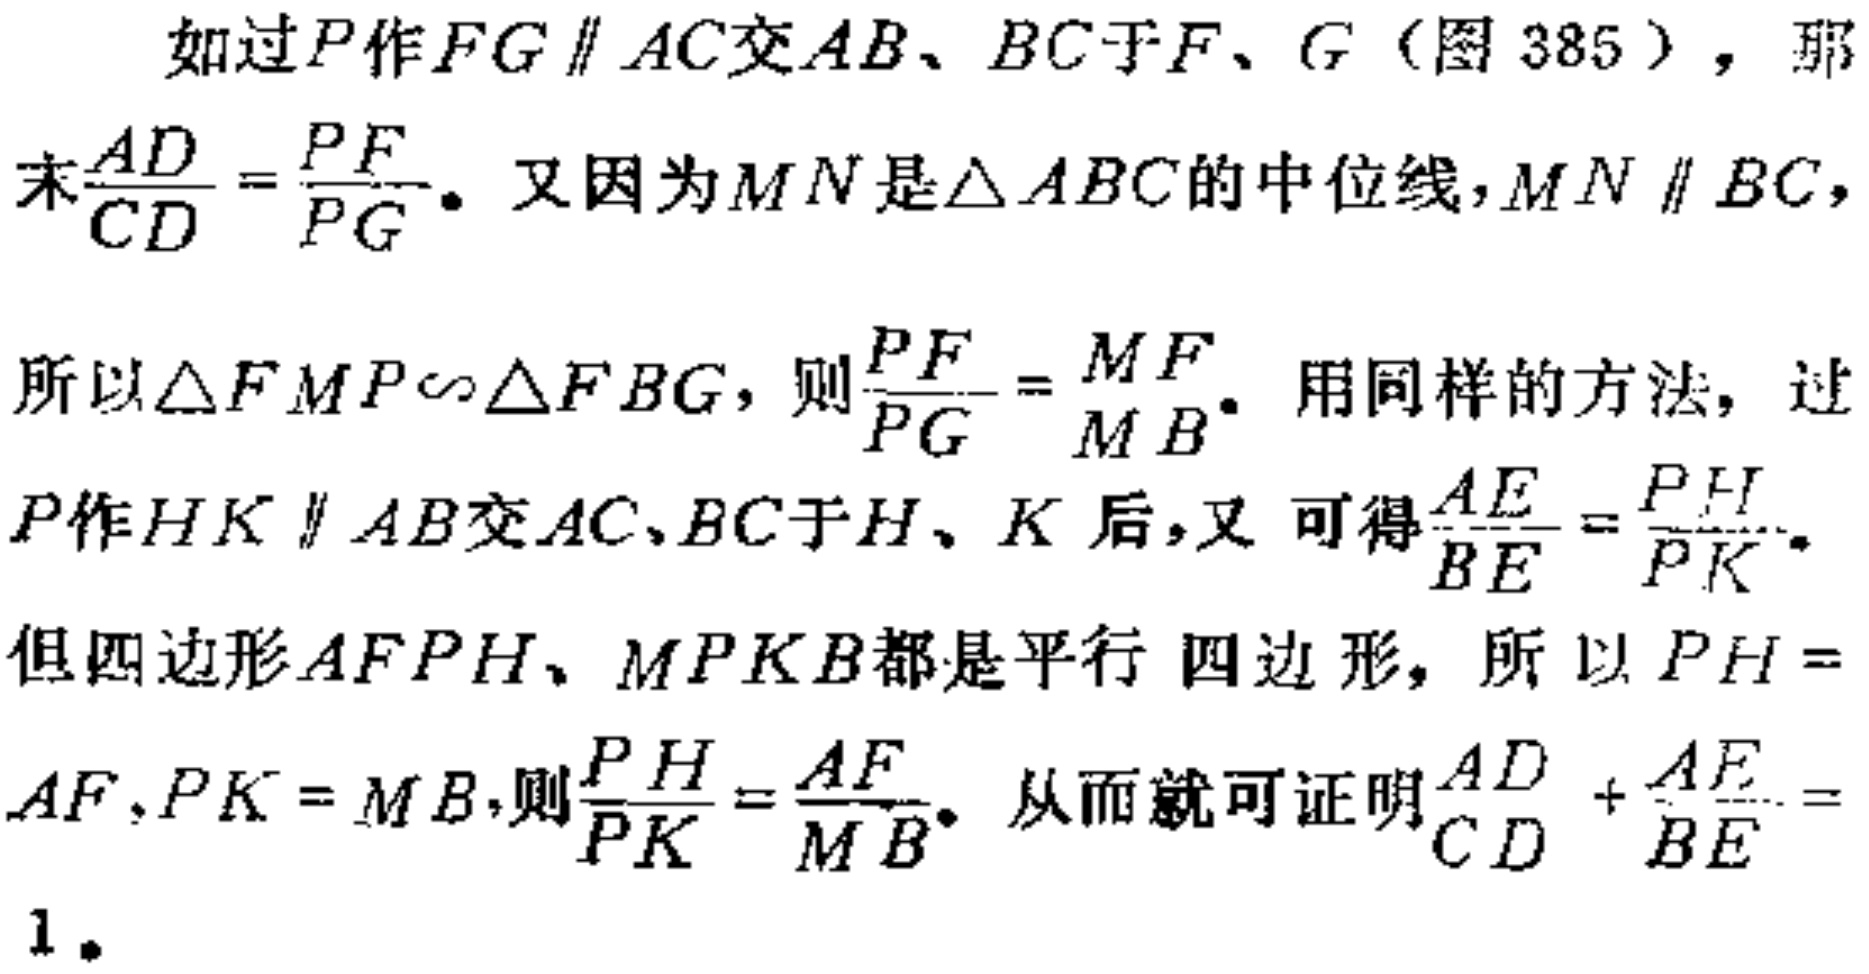
如过\(P\)作\(FG \parallel AC\)交\(AB\)、\(BC\)于\(F\)、\(G\)（图 385），那
末\(\frac{AD}{CD}=\frac{PF}{PG}\)。又因为\(MN\)是\(\triangle ABC\)的中位线，\(MN \parallel BC\)，
所以\(\triangle FMP\sim\triangle FBG\)，则\(\frac{PF}{PG}=\frac{MF}{MB}\)。用同样的方法，过
\(P\)作\(HK \parallel AB\)交\(AC\)、\(BC\)于\(H\)、\(K\)后，又 可得\(\frac{AE}{BE}=\frac{PH}{PK}\)。
但四边形\(AFPH\)、\(MPKB\)都是平行 四边形，所以\(PH =
AF\)，\(PK = MB\)，则\(\frac{PH}{PK}=\frac{AF}{MB}\)。从而就可证明\(\frac{AD}{CD}+\frac{AE}{BE}=
1\)。